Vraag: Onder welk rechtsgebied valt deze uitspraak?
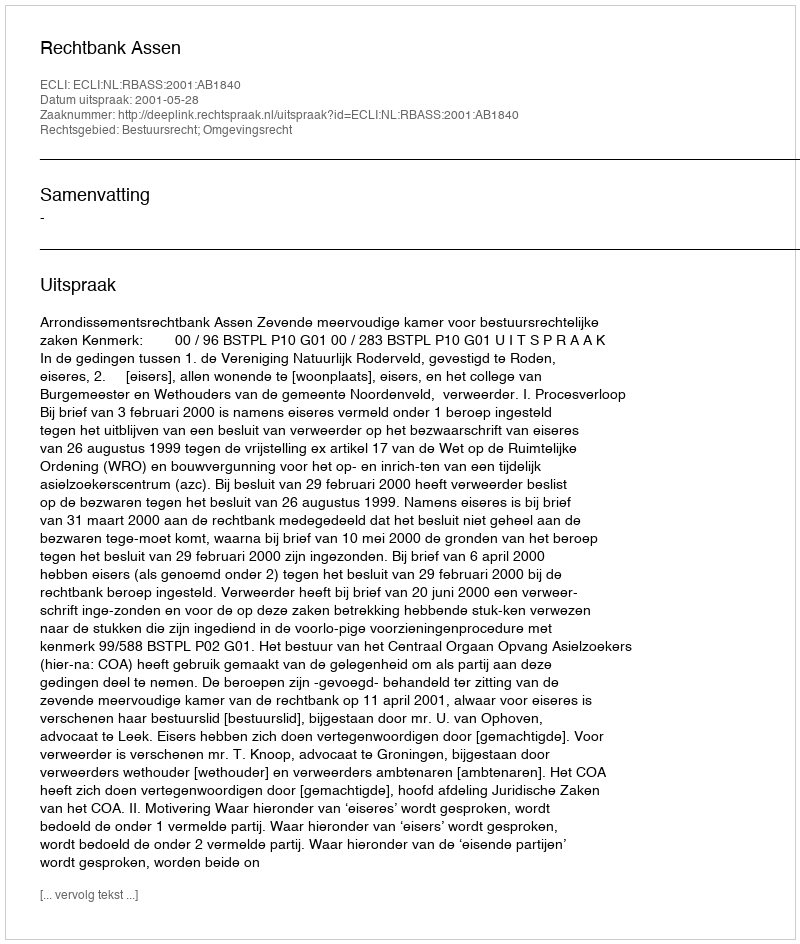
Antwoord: Bestuursrecht; Omgevingsrecht